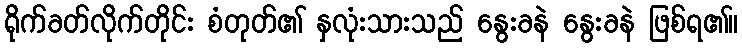
ရိုက်ခတ်လိုက်တိုင်း စံတုတ်၏ နှလုံးသားသည် နွေးခနဲ နွေးခနဲ ဖြစ်ရ၏။